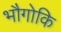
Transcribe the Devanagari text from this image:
भौगोकि